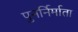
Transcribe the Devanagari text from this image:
पुनर्निर्माता